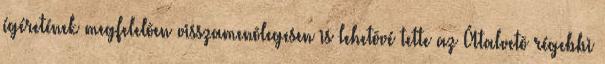
ígéretének megfelelõen visszamenõlegesen is lehetõvé tette az Átalvetõ régebbi